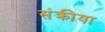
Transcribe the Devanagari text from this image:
संक्रीया